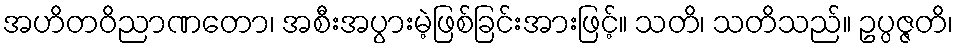
အဟိတဝိညာဏတော၊ အစီးအပွားမဲ့ဖြစ်ခြင်းအားဖြင့်။ သတိ၊ သတိသည်။ ဥပ္ပဇ္ဇတိ၊